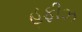
હફીઝ